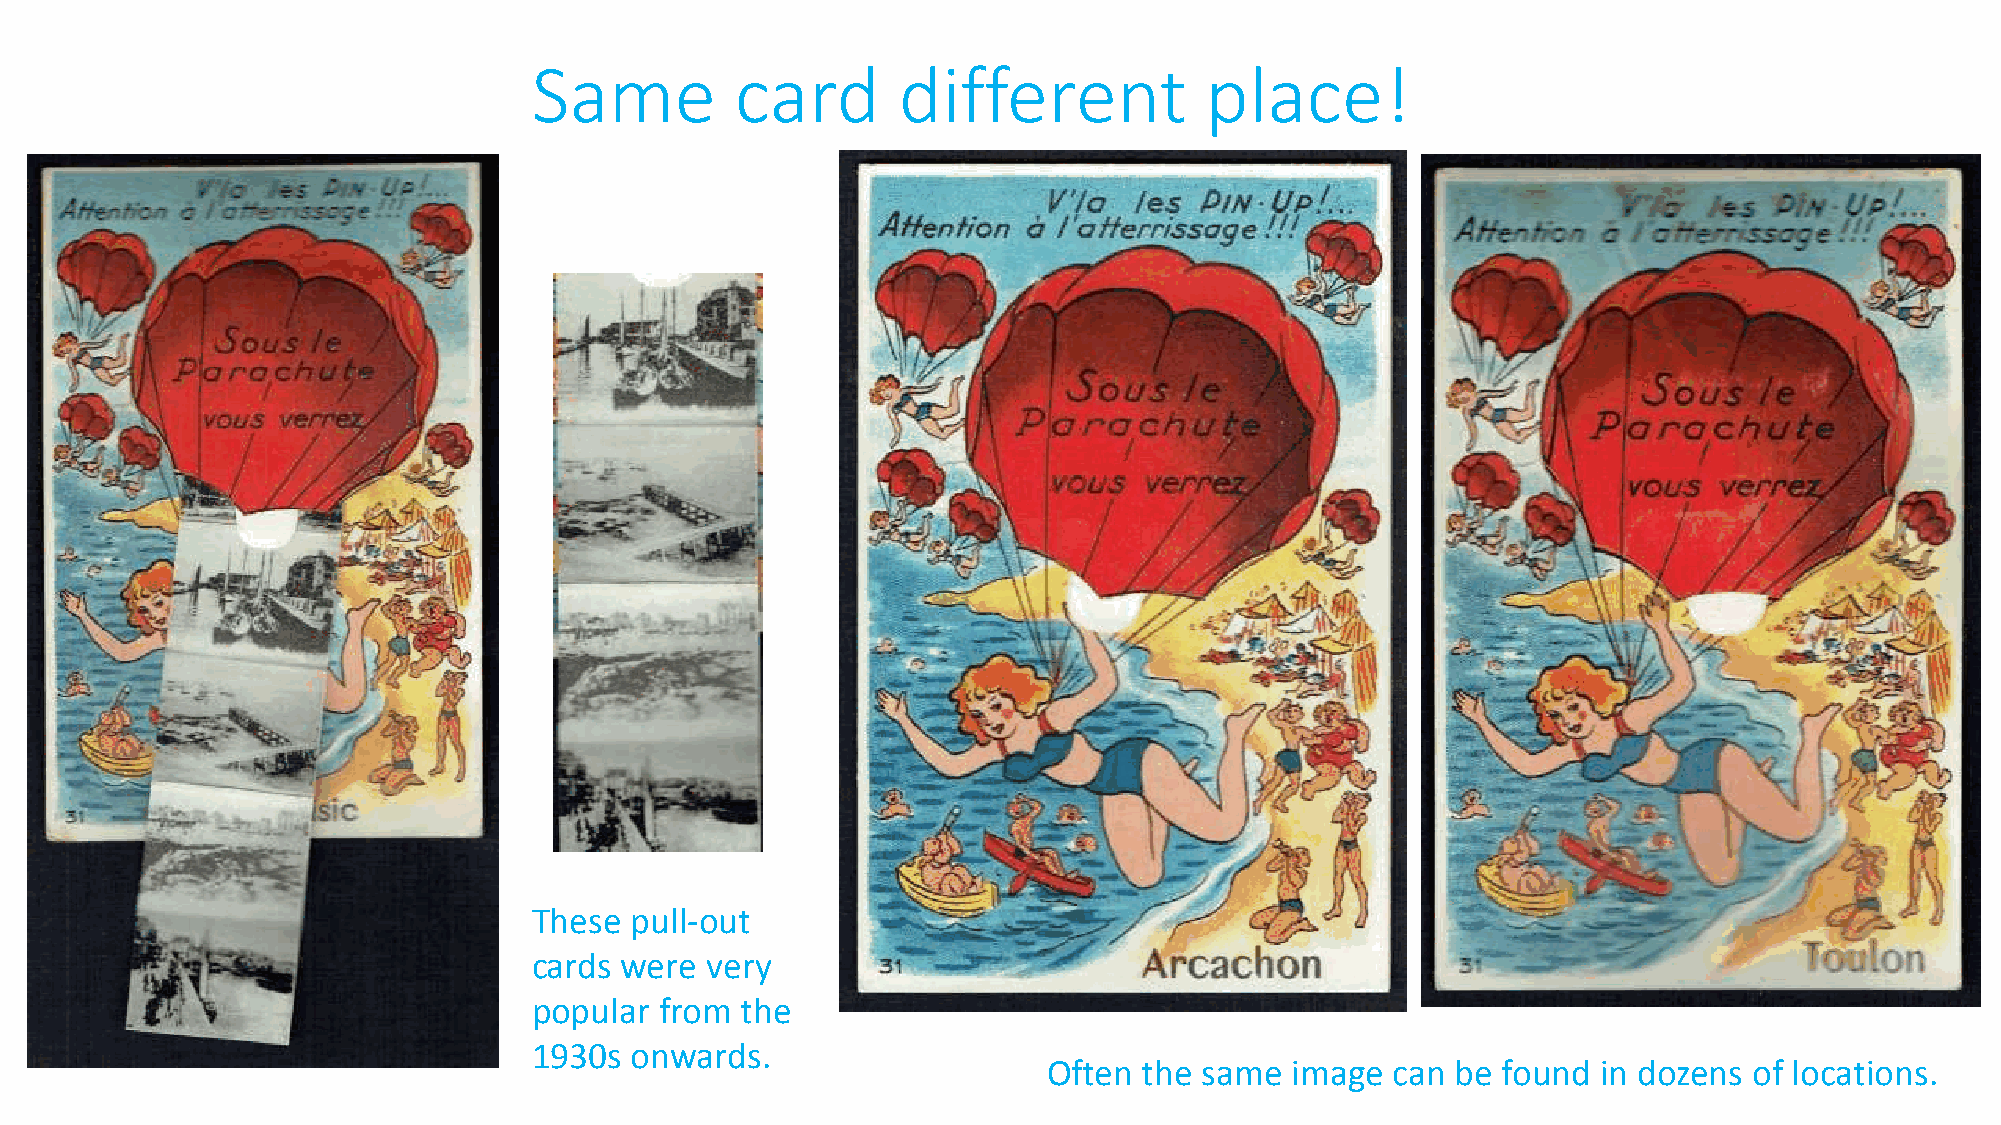
Same          card      different            place!
 These  pull-out
 cards were  very
 popular  from the
 1930s  onwards.
 Often  the same image  can be found  in dozens of locations.